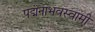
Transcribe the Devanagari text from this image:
पद्मनाभवस्वामी